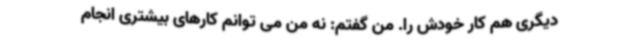
دیگری هم کار خودش را. من گفتم: نه من می توانم کارهای بیشتری انجام